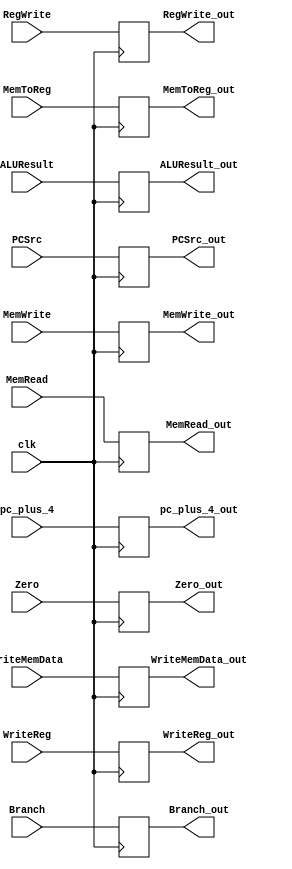
`timescale 1ns / 1ps
//////////////////////////////////////////////////////////////////////////////////
// Company: 
// Engineer: 
// 
// Design Name: 
// Module Name: EX_MEM_REG
// Project Name: 
// Target Devices: 
// Tool Versions: 
// Description: 
// 
// Dependencies: 
// 
// Revision:
// Revision 0.01 - File Created
// Additional Comments:
// 
//////////////////////////////////////////////////////////////////////////////////


module EX_MEM_REG(clk, RegWrite, Branch, MemWrite, MemRead, MemToReg, PCSrc, Zero, ALUResult, WriteMemData, pc_plus_4, WriteReg, 
                    RegWrite_out, Branch_out, MemWrite_out, MemRead_out, MemToReg_out, PCSrc_out, Zero_out, 
                    ALUResult_out, WriteMemData_out, pc_plus_4_out, WriteReg_out);
                    
        input clk;
        input RegWrite, Branch, MemWrite, MemRead, MemToReg, PCSrc;
        input Zero;
        input [63:0] ALUResult;
        input [31:0] WriteMemData, pc_plus_4;
        input [4:0] WriteReg;
        
        output reg RegWrite_out, Branch_out, MemWrite_out, MemRead_out, MemToReg_out, PCSrc_out;
        output reg Zero_out;
        output reg [63:0] ALUResult_out;
        output reg [31:0] WriteMemData_out, pc_plus_4_out;
        output reg [4:0] WriteReg_out;
        
//        reg PRegWrite, PBranch, PMemWrite, PMemRead, PMemToReg;
        
        initial begin
            RegWrite_out = 0;
            Branch_out = 0;
            MemWrite_out = 0;
            MemRead_out = 0;
            MemToReg_out = 0;        
            pc_plus_4_out = 0;
            Zero_out = 0;
            ALUResult_out = 0;
            WriteMemData_out = 0;
            WriteReg_out = 0;
            PCSrc_out = 0;
        end
        
//        always @(posedge clk)   begin
//        PRegWrite <= RegWrite;
//        PBranch <= Branch;
//        PMemWrite <= MemWrite;
//        PMemRead <= MemRead;
//        PMemToReg <= MemToReg;   
//        end
        
        always @(posedge clk)   begin
            pc_plus_4_out <= pc_plus_4;
            Zero_out <= Zero;
            ALUResult_out <= ALUResult;
            WriteMemData_out <= WriteMemData;
            WriteReg_out <= WriteReg;
            RegWrite_out <= RegWrite;
            Branch_out <= Branch;
            MemWrite_out <= MemWrite;
            MemRead_out <= MemRead;
            MemToReg_out <= MemToReg;
            PCSrc_out <= PCSrc;
        end       
        
endmodule